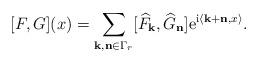
LaTeX: \begin{align*}[F,G](x)=\sum_{{\bf k,n}\in \Gamma_{r}} [\widehat{F}_{\bf k},\widehat{G}_{\bf n}] {\rm e}^{{\rm i}\langle {\bf k+n},x \rangle}. \end{align*}